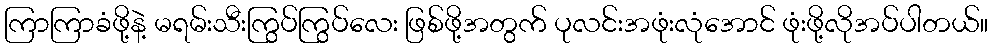
ကြာကြာခံဖို့နဲ့ မရမ်းသီးကြွပ်ကြွပ်လေး ဖြစ်ဖို့အတွက် ပုလင်းအဖုံးလုံအောင် ဖုံးဖို့လိုအပ်ပါတယ်။